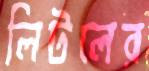
লিটলের